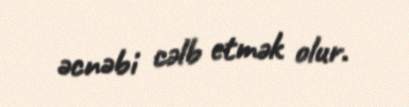
əcnəbi cəlb etmək olur.